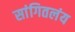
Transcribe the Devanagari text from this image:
सांगितलंय